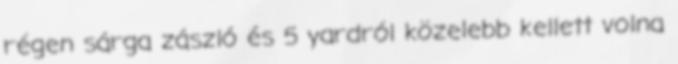
régen sárga zászló és 5 yardról közelebb kellett volna